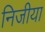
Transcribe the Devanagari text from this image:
निजीया